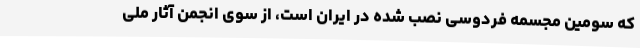
که سومین مجسمه فردوسی نصب شده در ایران است، از سوی انجمن آثار ملی